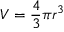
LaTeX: V = { \frac { 4 } { 3 } } \pi r ^ { 3 }